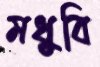
মধুবি